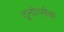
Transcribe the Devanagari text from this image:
द्र्नोव्सेक